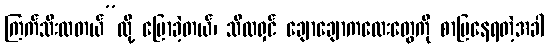
ကြက်သီးထတယ်”လို့ ပြောခဲ့တယ်၊ သီလရှင် ချောချောကလေးတွေကို စာပြနေရတဲ့အခါ